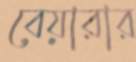
বেয়ারার